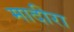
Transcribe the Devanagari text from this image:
मादीरा